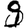
Digit: 9